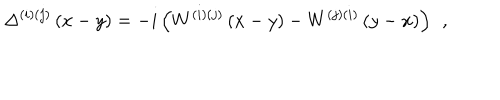
\Delta ^ { ( i ) ( j ) } \left( x - y \right) = - i \left( W ^ { ( i ) ( j ) } \left( x - y \right) - W ^ { ( j ) ( i ) } \left( y - x \right) \right) \; \, ,